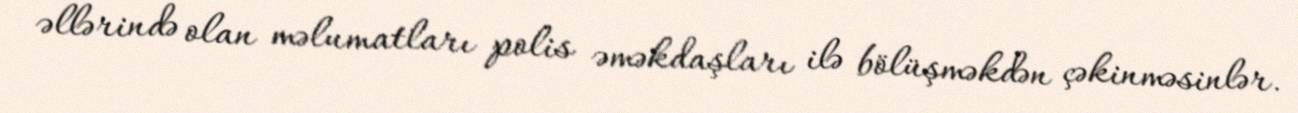
əllərində olan məlumatları polis əməkdaşları ilə bölüşməkdən çəkinməsinlər.